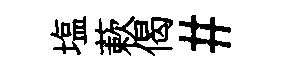
塩蔌偈#